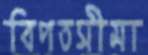
বিপতসীমা